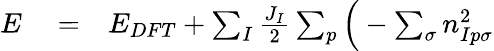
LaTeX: \begin{array}{rlr}{E}&{{}=}&{E_{DFT}+\sum_{I}\frac{J_{I}}{2}\sum_{p}\Big(-\sum_{\sigma}n_{Ip\sigma}^{2}}\end{array}